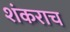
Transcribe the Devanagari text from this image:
शंकराच